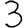
Digit: 3